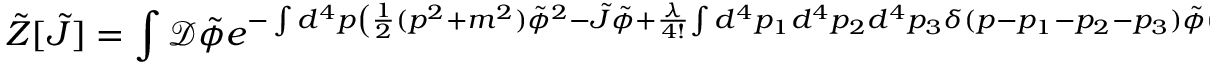
{ \tilde { Z } } [ { \tilde { J } } ] = \int { \mathcal { D } } { \tilde { \phi } } e ^ { - \int d ^ { 4 } p \left( { \frac { 1 } { 2 } } ( p ^ { 2 } + m ^ { 2 } ) { \tilde { \phi } } ^ { 2 } - { \tilde { J } } { \tilde { \phi } } + { \frac { \lambda } { 4 ! } } { \int d ^ { 4 } p _ { 1 } d ^ { 4 } p _ { 2 } d ^ { 4 } p _ { 3 } \delta ( p - p _ { 1 } - p _ { 2 } - p _ { 3 } ) { \tilde { \phi } } ( p ) { \tilde { \phi } } ( p _ { 1 } ) { \tilde { \phi } } ( p _ { 2 } ) { \tilde { \phi } } ( p _ { 3 } ) } \right) } .